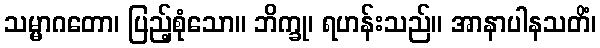
သမ္မာဂတော၊ ပြည့်စုံသော။ ဘိက္ခု၊ ရဟန်းသည်။ အာနာပါနသတိံ၊